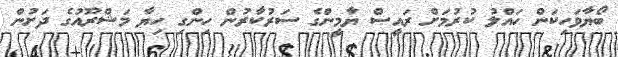
ބޯޔާވަހިކަން ހައްލު ކުރުމަށް ރައީސް ޔާމީންގެ ސަރުކާރުން ހިންގި ހިޔާ މަޝްރޫއުގެ ދަށުން